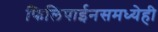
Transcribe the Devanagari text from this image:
फिलिपाईनसमध्येही